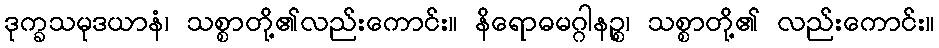
ဒုက္ခသမုဒယာနံ၊ သစ္စာတို့၏လည်းကောင်း။ နိရောဓမဂ္ဂါနဉ္စ၊ သစ္စာတို့၏ လည်းကောင်း။